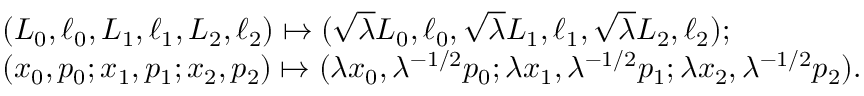
\begin{array} { r l } & { ( L _ { 0 } , \ell _ { 0 } , L _ { 1 } , \ell _ { 1 } , L _ { 2 } , \ell _ { 2 } ) \mapsto ( \sqrt \lambda L _ { 0 } , \ell _ { 0 } , \sqrt \lambda L _ { 1 } , \ell _ { 1 } , \sqrt \lambda L _ { 2 } , \ell _ { 2 } ) ; } \\ & { ( x _ { 0 } , p _ { 0 } ; x _ { 1 } , p _ { 1 } ; x _ { 2 } , p _ { 2 } ) \mapsto ( \lambda x _ { 0 } , \lambda ^ { - 1 / 2 } p _ { 0 } ; \lambda x _ { 1 } , \lambda ^ { - 1 / 2 } p _ { 1 } ; \lambda x _ { 2 } , \lambda ^ { - 1 / 2 } p _ { 2 } ) . } \end{array}